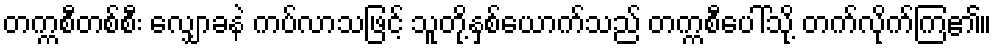
တက္ကစီတစ်စီး လျှောခနဲ ကပ်လာသဖြင့် သူတို့နှစ်ယောက်သည် တက္ကစီပေါ်သို့ တက်လိုက်ကြ၏။